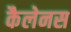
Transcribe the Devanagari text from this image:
कैलेनस